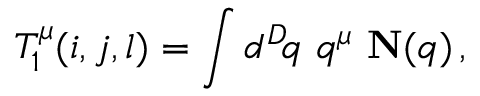
T _ { 1 } ^ { \mu } ( i , j , l ) = \int d ^ { D } \! q \, \, q ^ { \mu } \, \, { \bf N } ( q ) \, ,